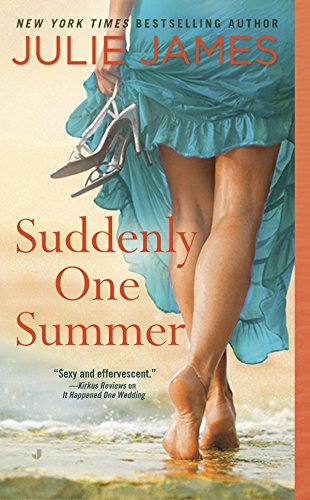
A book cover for Suddenly One Summer (Novel); Julie James; Romance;